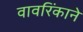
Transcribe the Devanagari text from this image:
वावरिंकाने